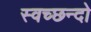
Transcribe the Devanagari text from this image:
स्वच्छन्दो